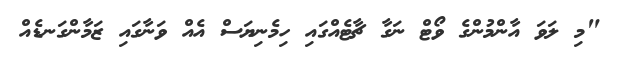
"މި ލަވަ އާންމުންގެ ވޯޓް ނަގާ ޗާޓެއްގައި ހިމެނިޔަސް އެއް ވަނާގައި ޒަމާންގަނޑެއް